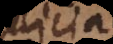
plicia